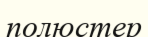
полюстер